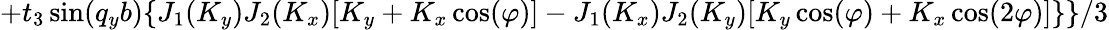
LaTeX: +t_{3}\sin(q_{y}b)\{ J_{1}(K_{y})J_{2}(K_{x})[K_{y}+K_{x}\cos(\varphi)]-J_{1}(K_{x})J_{2}(K_{y})[K_{y}\cos(\varphi)+K_{x}\cos(2\varphi)]\} \} /3